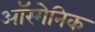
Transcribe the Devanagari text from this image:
ऑरगेनिक